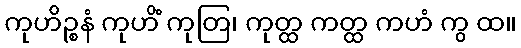
ကုဟိဉ္စနံ ကုဟိံ ကုတြ၊ ကုတ္ထ ကတ္ထ ကဟံ ကွ ထ။